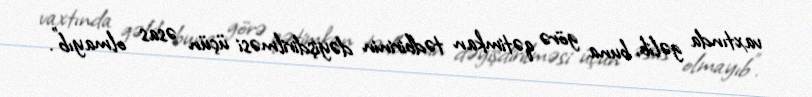
vaxtında gəlib, buna görə qətimkan tədbirinin dəyişdirilməsi üçün əsas olmayıb”.